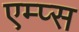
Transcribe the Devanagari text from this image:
एम्प्स